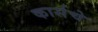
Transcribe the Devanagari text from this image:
कार्सचे